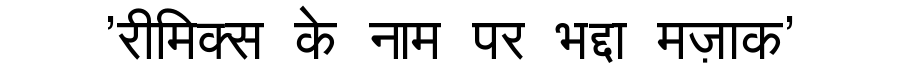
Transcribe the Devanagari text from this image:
'रीमिक्स के नाम पर भद्दा मज़ाक'